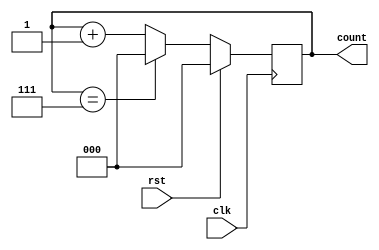
module binary_counter (
    input clk,            // Clock input
    input rst,            // Reset input
    output reg [2:0] count // 3-bit count output (0 to 7)
);
    
    // Counting mechanism: On the rising edge of the clock
    always @(posedge clk) begin
        if (rst) begin
            count <= 3'b000; // Reset count to 0
        end else begin
            if (count == 3'b111) begin
                count <= 3'b000; // Wrap around if maximum is reached
            end else begin
                count <= count + 1; // Increment count
            end
        end
    end

endmodule